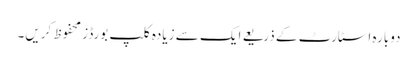
دوبارہ اسٹارٹ کے ذریعے ایک سے زیادہ کلپ بورڈز محفوظ کریں۔